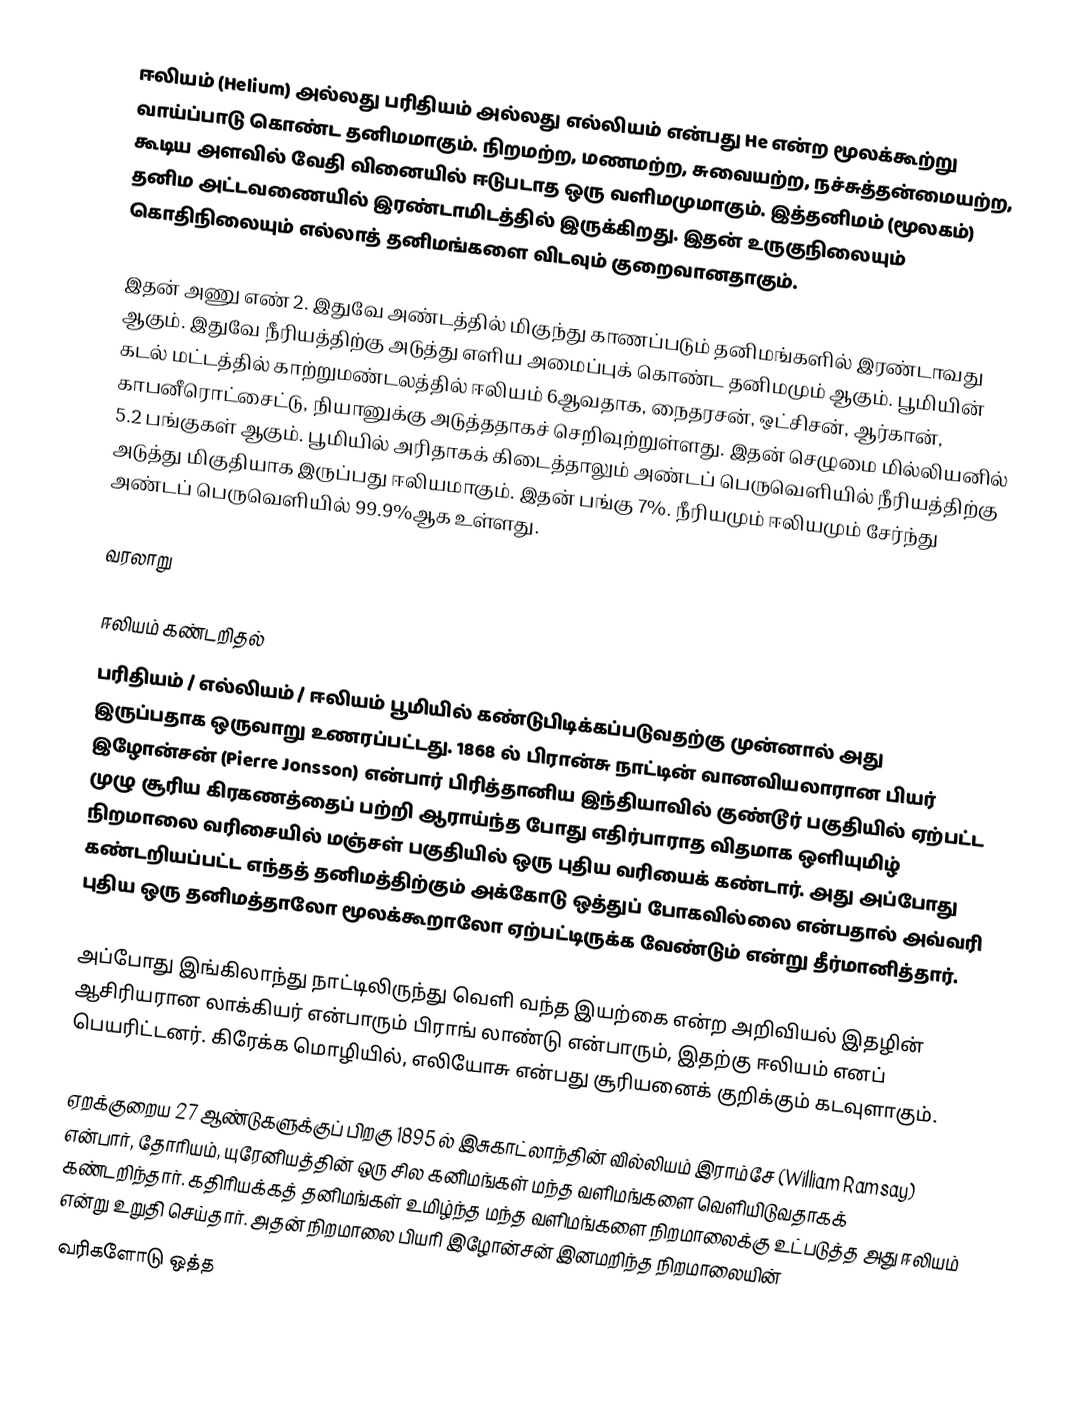
ஈலியம் (Helium) அல்லது பரிதியம் அல்லது எல்லியம் என்பது He என்ற மூலக்கூற்று வாய்ப்பாடு கொண்ட தனிமமாகும்.  நிறமற்ற, மணமற்ற, சுவையற்ற, நச்சுத்தன்மையற்ற, கூடிய அளவில் வேதி வினையில் ஈடுபடாத ஒரு வளிமமுமாகும். இத்தனிமம் (மூலகம்) தனிம அட்டவணையில் இரண்டாமிடத்தில் இருக்கிறது. இதன் உருகுநிலையும் கொதிநிலையும் எல்லாத் தனிமங்களை விடவும் குறைவானதாகும்.

இதன் அணு எண் 2. இதுவே அண்டத்தில் மிகுந்து காணப்படும் தனிமங்களில் இரண்டாவது ஆகும். இதுவே நீரியத்திற்கு அடுத்து எளிய அமைப்புக் கொண்ட தனிமமும் ஆகும். பூமியின் கடல் மட்டத்தில் காற்றுமண்டலத்தில் ஈலியம் 6ஆவதாக, நைதரசன், ஒட்சிசன், ஆர்கான், காபனீரொட்சைட்டு, நியானுக்கு அடுத்ததாகச் செறிவுற்றுள்ளது. இதன் செழுமை மில்லியனில் 5.2 பங்குகள் ஆகும். பூமியில் அரிதாகக் கிடைத்தாலும் அண்டப் பெருவெளியில் நீரியத்திற்கு அடுத்து மிகுதியாக இருப்பது ஈலியமாகும். இதன் பங்கு 7%. நீரியமும் ஈலியமும் சேர்ந்து அண்டப் பெருவெளியில் 99.9%ஆக உள்ளது.

வரலாறு

ஈலியம் கண்டறிதல்
பரிதியம் / எல்லியம் / ஈலியம் பூமியில் கண்டுபிடிக்கப்படுவதற்கு முன்னால் அது இருப்பதாக ஒருவாறு உணரப்பட்டது. 1868 ல் பிரான்சு நாட்டின் வானவியலாரான பியர் இழோன்சன் (Pierre Jonsson) என்பார் பிரித்தானிய இந்தியாவில் குண்டூர் பகுதியில் ஏற்பட்ட முழு சூரிய கிரகணத்தைப் பற்றி ஆராய்ந்த போது எதிர்பாராத விதமாக ஒளியுமிழ் நிறமாலை வரிசையில் மஞ்சள் பகுதியில் ஒரு புதிய வரியைக் கண்டார். அது அப்போது கண்டறியப்பட்ட எந்தத் தனிமத்திற்கும் அக்கோடு ஒத்துப் போகவில்லை என்பதால் அவ்வரி புதிய ஒரு தனிமத்தாலோ மூலக்கூறாலோ ஏற்பட்டிருக்க வேண்டும் என்று தீர்மானித்தார்.

அப்போது இங்கிலாந்து நாட்டிலிருந்து வெளி வந்த இயற்கை என்ற அறிவியல் இதழின் ஆசிரியரான லாக்கியர் என்பாரும் பிராங் லாண்டு என்பாரும், இதற்கு ஈலியம் எனப் பெயரிட்டனர். கிரேக்க மொழியில், எலியோசு என்பது சூரியனைக் குறிக்கும் கடவுளாகும்.

ஏறக்குறைய 27 ஆண்டுகளுக்குப் பிறகு 1895 ல் இசுகாட்லாந்தின் வில்லியம் இராம்சே (William Ramsay) என்பார், தோரியம், யுரேனியத்தின் ஒரு சில கனிமங்கள் மந்த வளிமங்களை வெளியிடுவதாகக் கண்டறிந்தார். கதிரியக்கத் தனிமங்கள் உமிழ்ந்த மந்த வளிமங்களை நிறமாலைக்கு உட்படுத்த அது ஈலியம் என்று உறுதி செய்தார். அதன் நிறமாலை பியரி இழோன்சன் இனமறிந்த நிறமாலையின்
வரிகளோடு ஒத்த